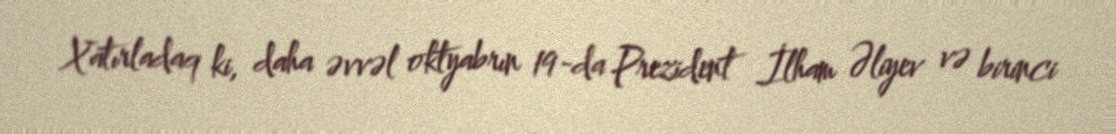
Xatırladaq ki, daha əvvəl oktyabrın 19-da Prezident İlham Əliyev və birinci